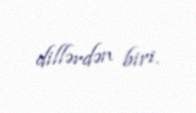
dillərdən biri.